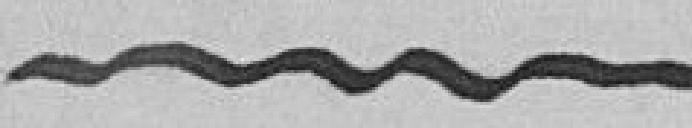
--------